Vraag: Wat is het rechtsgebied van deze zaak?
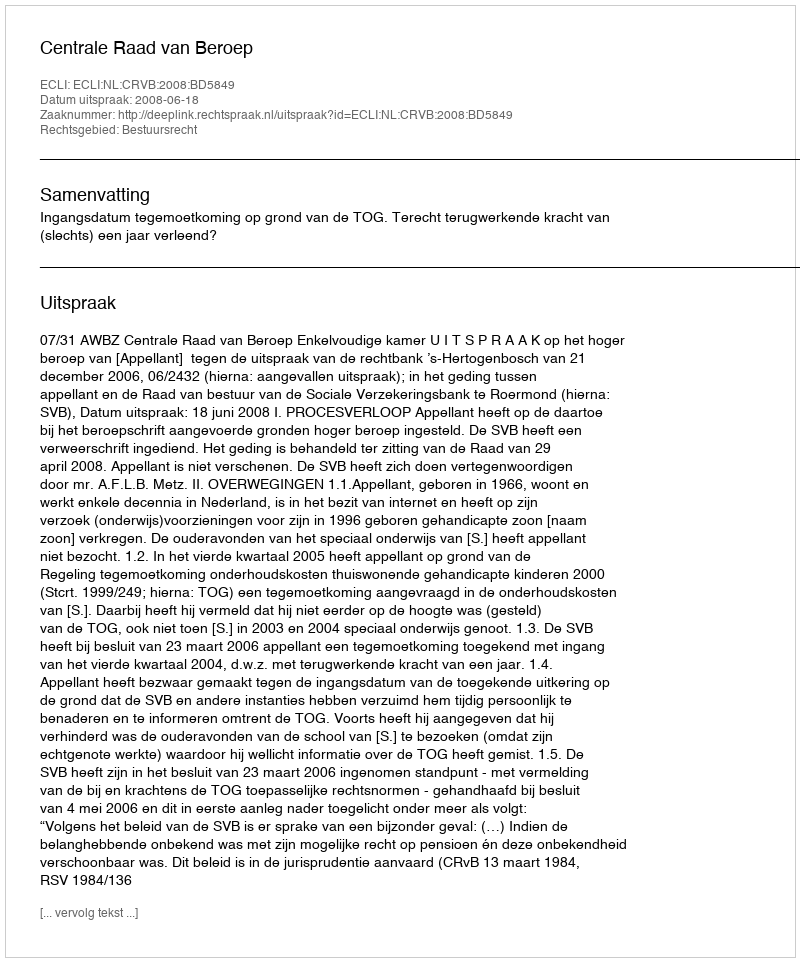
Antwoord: Bestuursrecht